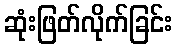
ဆုံးဖြတ်လိုက်ခြင်း